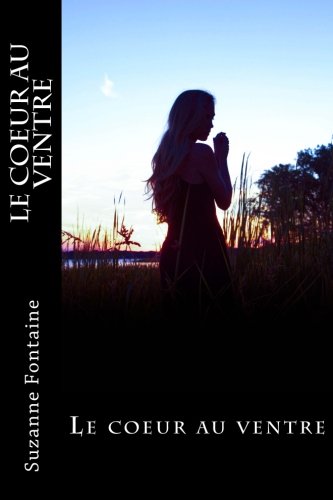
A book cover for Le coeur au ventre: Nina, tome 1 (French Edition); Suzanne Fontaine; Literature & Fiction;